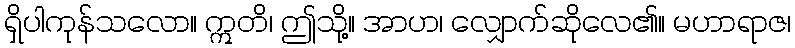
ရှိပါကုန်သလော။ ဣတိ၊ ဤသို့။ အာဟ၊ လျှောက်ဆိုလေ၏။ မဟာရာဇ၊